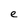
Character: e